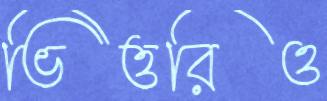
ভিত্তরিও